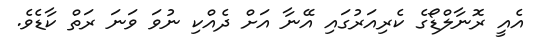
އެއީ ރޮނާލްޑޯގެ ކެރިއަރުގައި އޭނާ އަށް ދެއްކި ނުވަ ވަނަ ރަތް ކާޑެވެ.